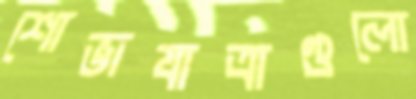
শোভাযাত্রাগুলো